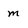
Character: m